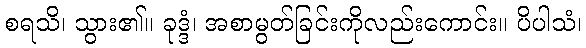
စရသိ၊ သွား၏။ ခုဒ္ဒံ၊ အစာမွတ်ခြင်းကိုလည်းကောင်း။ ပိပါသံ၊